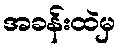
အခန်းထဲမှ